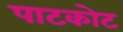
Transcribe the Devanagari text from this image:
पाटकोट